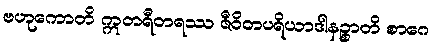
ဗဟုကောတိ ဣတရီတရဿ ဇီဝိတပရိယာဒါနဉ္စာတိ စာဂေ